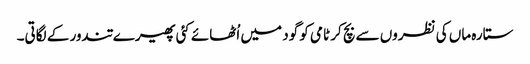
ستارہ ماں کی نظروں سے بچ کر ٹامی کو گود میں اُٹھائے کئی پھیرے تندور کے لگاتی۔